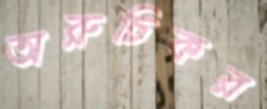
অরুচিকর